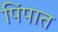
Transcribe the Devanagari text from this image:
पिंपात